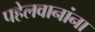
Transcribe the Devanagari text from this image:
पहेलवानांना